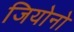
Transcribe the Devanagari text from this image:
जियोनो